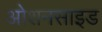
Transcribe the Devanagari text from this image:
ओशनसाइड